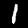
Label: 1